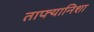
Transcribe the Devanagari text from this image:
ताफ्यानिशा